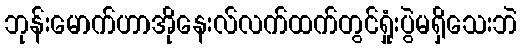
ဘုန်းမောက်ဟာအိုနေးလ်လက်ထက်တွင်ရှုံးပွဲမရှိသေးဘဲ